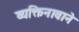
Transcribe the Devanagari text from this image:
व्यक्तिनावाने